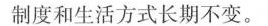
制度和生活方式长期不变。